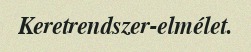
Keretrendszer-elmélet.